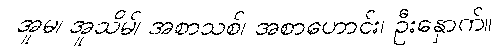
အူမ၊ အူသိမ်၊ အစာသစ်၊ အစာဟောင်း၊ ဦးနှောက်။